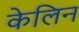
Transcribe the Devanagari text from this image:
केलिन